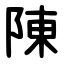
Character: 陳